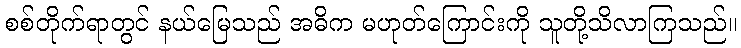
စစ်တိုက်ရာတွင် နယ်မြေသည် အဓိက မဟုတ်ကြောင်းကို သူတို့သိလာကြသည်။